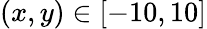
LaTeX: (x,y)\in\left[-10,10\right]